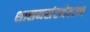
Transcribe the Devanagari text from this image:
शासनसंस्थेलाच